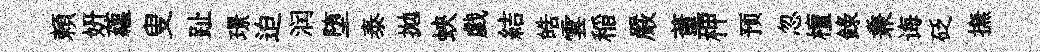
頼妍藴叟趾璟迫润堕泰拋蛺戯結皓雲稲嚴董柙预忽檀録兼诲砭撫